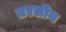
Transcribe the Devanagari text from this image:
तरलीय